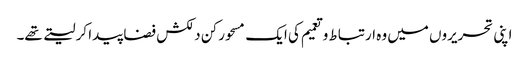
اپنی تحریروں میں وہ ارتباط و تعمیم کی ایک مسحور کن دلکش فضا پیدا کر لیتے تھے۔